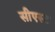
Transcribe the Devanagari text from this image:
सीएस्ट